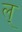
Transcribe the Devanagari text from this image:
ल्‌